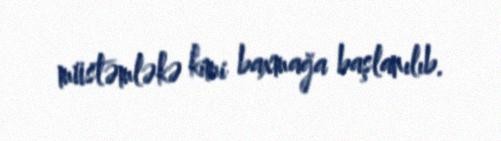
müstəmləkə kimi baxmağa başlanılıb.